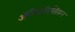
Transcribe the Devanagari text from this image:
ॲरीस्टॉटलियन